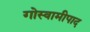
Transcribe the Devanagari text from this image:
गोस्वामीपाद